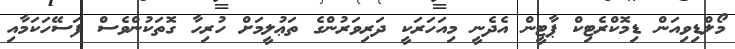
މޯލްޑިވިއަން ޑިމޮކްރެޓިކް ޕާޓީން އެދެނީ މިއަހަރަކީ ދަރިވަރުންގެ ތަޢުލީމަށް ހުރިހާ ގޮތަކުންވެސް ފަސޭހަކަމާއި